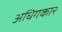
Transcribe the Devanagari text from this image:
अधिगकार